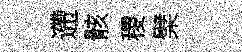
遰骸稷檗